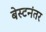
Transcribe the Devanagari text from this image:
बेस्टनंतर